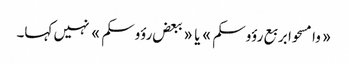
«وامسحوا بربع رؤوسکم» یا «ببعض رؤوسکم» نہیں کہا۔